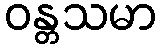
ဝန္တသမာ